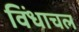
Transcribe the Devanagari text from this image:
विंधाचल